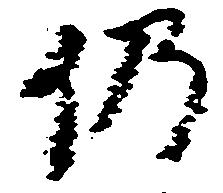
仍